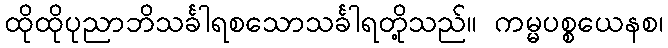
ထိုထိုပုညာဘိသင်္ခါရစသောသင်္ခါရတို့သည်။ ကမ္မပစ္စယေနစ၊